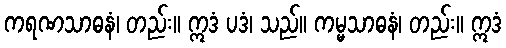
ကရဏသာဓနံ၊ တည်း။ ဣဒံ ပဒံ၊ သည်။ ကမ္မသာဓနံ၊ တည်း။ ဣဒံ